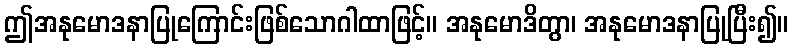
ဤအနုမောဒနာပြုကြောင်းဖြစ်သောဂါထာဖြင့်။ အနုမောဒိတွာ၊ အနုမောဒနာပြုပြီး၍။